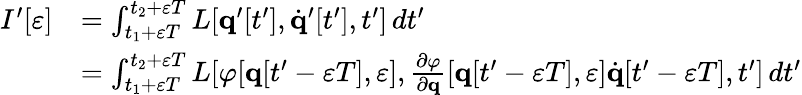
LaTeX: {\begin{array}{rl}{I^{\prime}[\varepsilon]}&{=\int_{t_{1}+\varepsilon T}^{t_{2}+\varepsilon T}L[\mathbf{q}^{\prime}[t^{\prime}],{\dot{\mathbf{q}}}^{\prime}[t^{\prime}],t^{\prime}]\, dt^{\prime}}\\ &{=\int_{t_{1}+\varepsilon T}^{t_{2}+\varepsilon T}L[\varphi[\mathbf{q}[t^{\prime}-\varepsilon T],\varepsilon],{\frac{\partial\varphi}{\partial\mathbf{q}}}[\mathbf{q}[t^{\prime}-\varepsilon T],\varepsilon]{\dot{\mathbf{q}}}[t^{\prime}-\varepsilon T],t^{\prime}]\, dt^{\prime}}\end{array}}